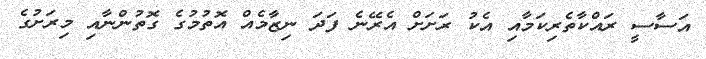
އަސާސީ ރައްކާތެރިކަމާއި އެކު ރަށަށް އެރޭނެ ފަދަ ނިޒާމެއް އޮތުމުގެ ގޮތުންނާއި މިރަށުގެ